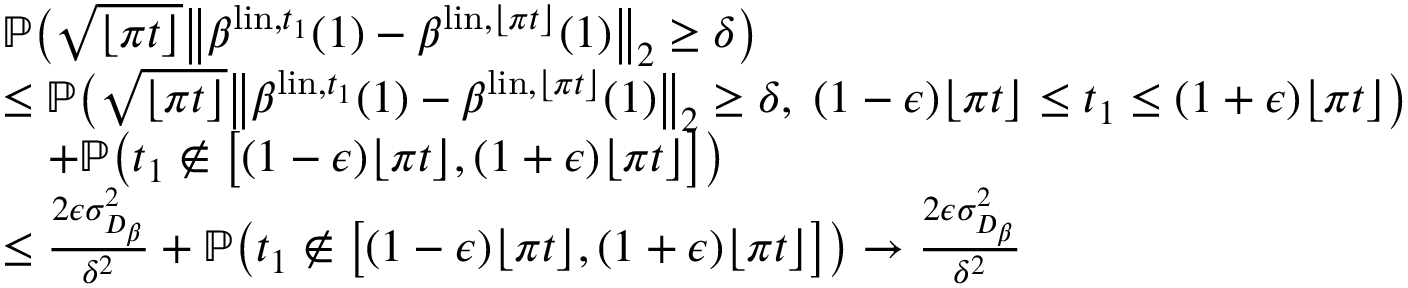
\begin{array} { r l } & { { \mathbb P } \big ( \sqrt { \lfloor \pi t \rfloor } \big \| \beta ^ { \mathrm { l i n } , t _ { 1 } } ( 1 ) - \beta ^ { \mathrm { l i n } , \lfloor \pi t \rfloor } ( 1 ) \big \| _ { 2 } \geq \delta \big ) } \\ & { \leq { \mathbb P } \big ( \sqrt { \lfloor \pi t \rfloor } \big \| \beta ^ { \mathrm { l i n } , t _ { 1 } } ( 1 ) - \beta ^ { \mathrm { l i n } , \lfloor \pi t \rfloor } ( 1 ) \big \| _ { 2 } \geq \delta , \; ( 1 - { \epsilon } ) \lfloor \pi t \rfloor \leq t _ { 1 } \leq ( 1 + { \epsilon } ) \lfloor \pi t \rfloor \big ) } \\ & { \quad + { \mathbb P } \big ( t _ { 1 } \notin \big [ ( 1 - { \epsilon } ) \lfloor \pi t \rfloor , ( 1 + { \epsilon } ) \lfloor \pi t \rfloor \big ] \big ) } \\ & { \leq \frac { 2 { \epsilon } \sigma _ { D _ { \beta } } ^ { 2 } } { \delta ^ { 2 } } + { \mathbb P } \big ( t _ { 1 } \notin \big [ ( 1 - { \epsilon } ) \lfloor \pi t \rfloor , ( 1 + { \epsilon } ) \lfloor \pi t \rfloor \big ] \big ) \to \frac { 2 { \epsilon } \sigma _ { D _ { \beta } } ^ { 2 } } { \delta ^ { 2 } } } \end{array}